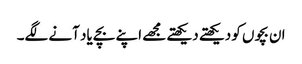
ان بچوں کو دیکھتے دیکھتے مجھے اپنے بچے یاد آنے لگے۔